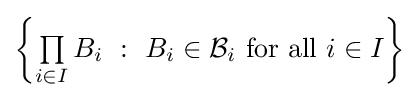
{\textstyle \left\{\prod \limits _{i\in I}B_{i}~:~B_{i}\in {\mathcal {B}}_{i}{\text{ for all }}i\in I\right\}}